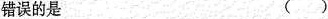
错误的是 ()